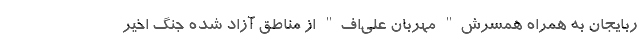
ربایجان به همراه همسرش" مهربان علی‌اف" از مناطق آزاد شده جنگ اخیر